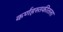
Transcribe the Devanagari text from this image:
कर्णहस्तकीतला